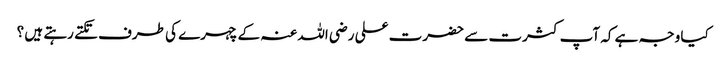
کیا وجہ ہے کہ آپ کثرت سے حضرت علی رضی اللہ عنہ کے چہرے کی طرف تکتے رہتے ہیں ؟